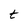
Character: t